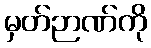
မှတ်ဉာဏ်ကို